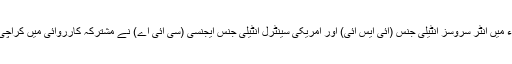
انہیں فروری 2010ء میں انٹر سروسز انٹیلی جنس (آئی ایس آئی) اور امریکی سینٹرل انٹیلی جنس ایجنسی (سی آئی اے) نے مشترکہ کارروائی میں کراچی سے گرفتار کیا تھا۔